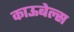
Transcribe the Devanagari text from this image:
काऊबेल्स